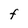
Character: F